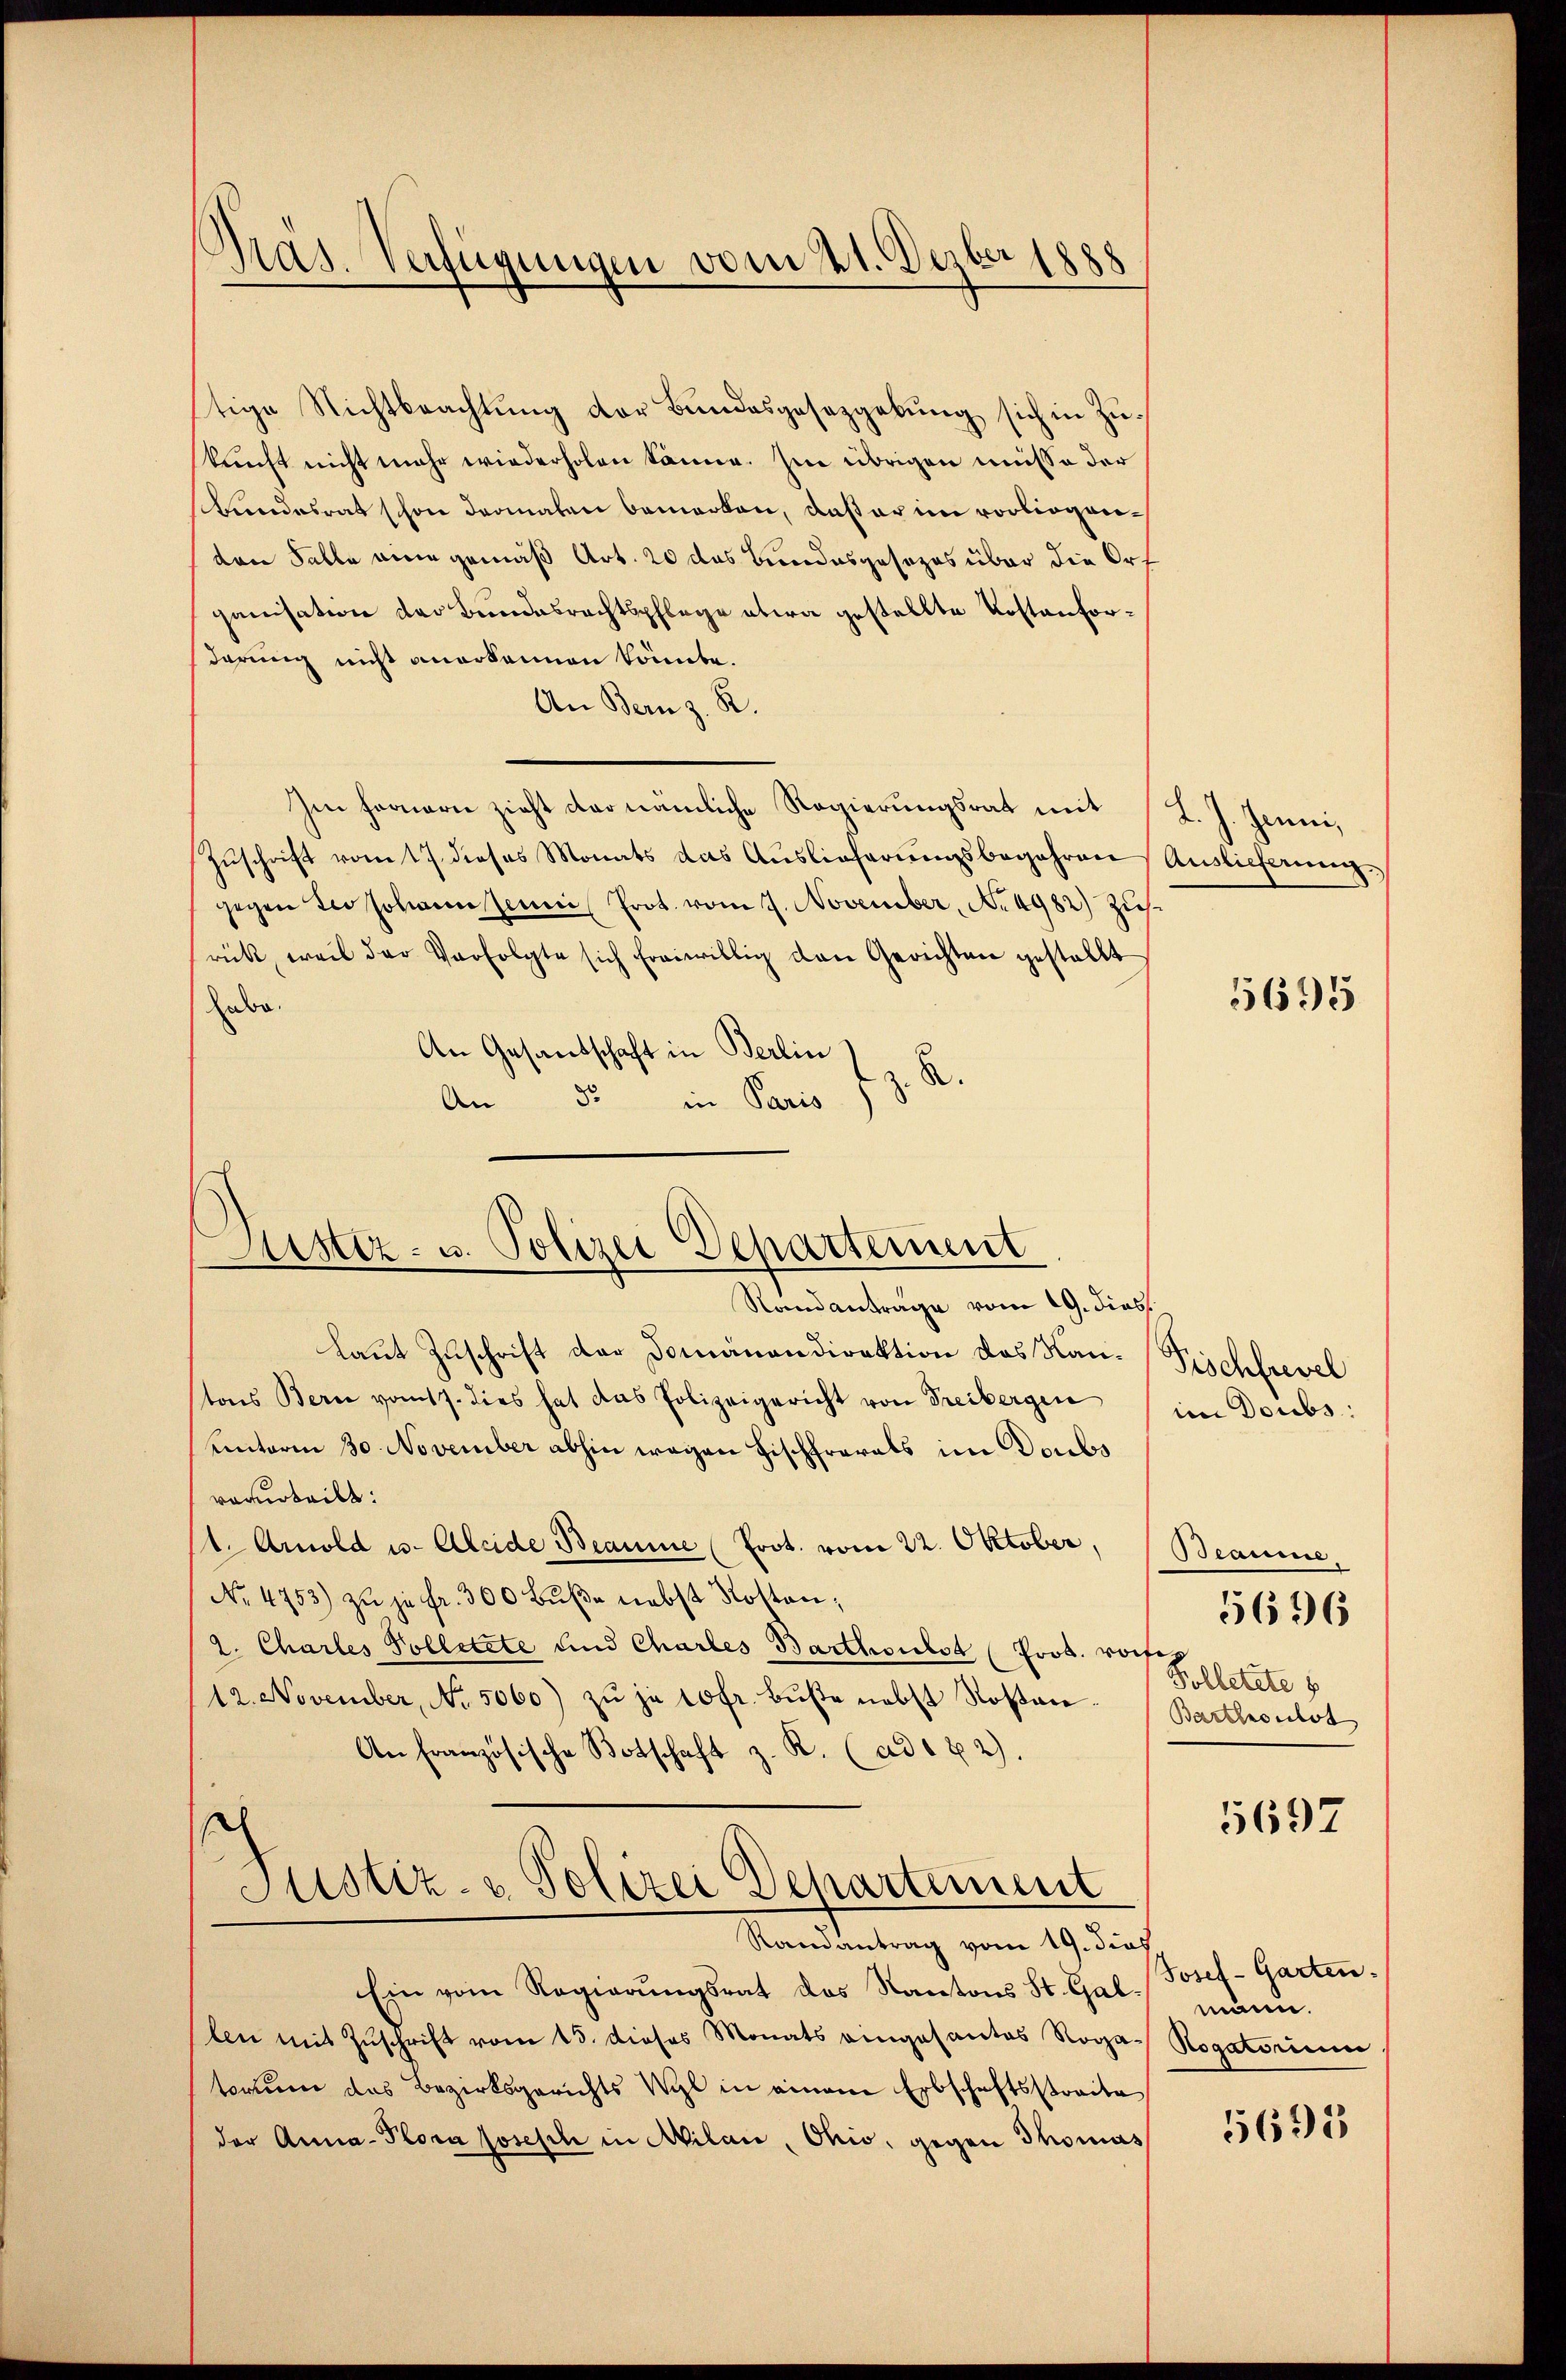
Pras. Verfügungen vom 21. Dezbr 1888

tige Nichtbeachtung der Bundesgesetzgebung sich in Zükunft nicht mehr wiederholen könne. Im übrigen müsse der
Bundesrat schon dermalen bemerken, daß er im vorliegenden Falle eine gemäß Art. 20 das Bundesgesezes über die Ort
ganisation der Bundesrechtspflege etwa gestellte Kostenfordarung nicht anerkennen könnte.
An Bern z. R.
Im fernern zieht der nämliche Regierungsrat mit L. J. Jenni,
Zŭschrift vom 17. dieses Monats das Aŭslieferŭngsbegehren Auslieferung
gegen der Johann seine Prot. vom 7. November, No 4982) Zusrück, weil der Verfolgte sich freiwillig den Gerichten gestellt
habe.
An Gesandschaft in Berlin
z. B.
An 32
in Paris

.
Kister- u. Polizei Departement
Randantrage vom 19. dies

Laut Zuschrift der Domanandirektion des Nan- Fischfrevel
tons Bern vom 17. dies hat das Polizeigericht von Freibergen
unterm 30. November abhin wegen Fischfrarals im Doubs
vorurteilt:
(1. Arnold u. Accide Beaume (Prot. vom 22. Oktober,
No. 4753) zŭ je fr. 300 Bŭβe nebst Kosten,
2. Charles Volletzte und Charles Barthoulst Prot. voisep
12. November, No. 5060) zŭ je 10fr. Bŭβe nebst Rostan-
An Französische Botschaft z. R. (ad ex 2).
Justiz- & Polizei Departement
Ramantrag vom 19. dies
Ein vom Regierungsrat das Kantons St. Gallen mit Zuschrift vom 15. dieses Monats eingesantes Roga-
torium das Bezirksgerichts Wyl in einem Erbschaftsstraite
der Anna-Plora Josesch in Milan, Ohio, gegen Thomas

5695

im Doubs:

Braume
Polletete s
Barthoust

5696

5697

Josef-Garten.
mann.
Rogatorium

5693